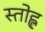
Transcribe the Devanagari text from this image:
स्तोह्ल